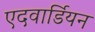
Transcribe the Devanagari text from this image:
एदवार्डियन